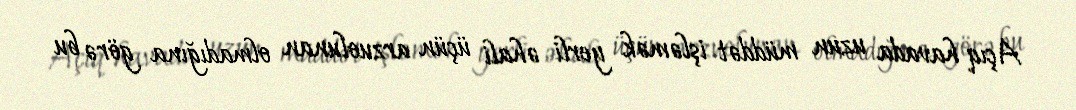
Açıq havada uzun müddət işləmək yerli əhali üçün arzuolunan olmadığına görə bu